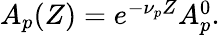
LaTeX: \begin{array}{r}{A_{p}(Z)=e^{-\nu_{p}Z}A_{p}^{0}.}\end{array}